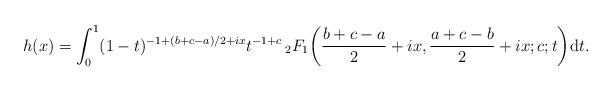
LaTeX: \begin{align*}h(x)=\int_{0}^{1}(1-t)^{-1+(b+c-a)/2+ix}t^{-1+c}\,_{2}F_{1}\!\left(\frac{b+c-a}{2}+ix,\frac{a+c-b}{2}+ix;c;t\right)\!\mbox{d}t.\end{align*}